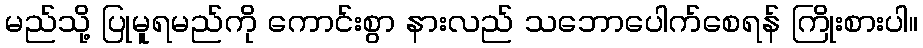
မည်သို့ ပြုမူရမည်ကို ကောင်းစွာ နားလည် သဘောပေါက်စေရန် ကြိုးစားပါ။